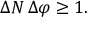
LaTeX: \Delta N \, \Delta \varphi \geq 1 .